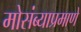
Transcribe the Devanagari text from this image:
मोसंब्याप्रमाणे